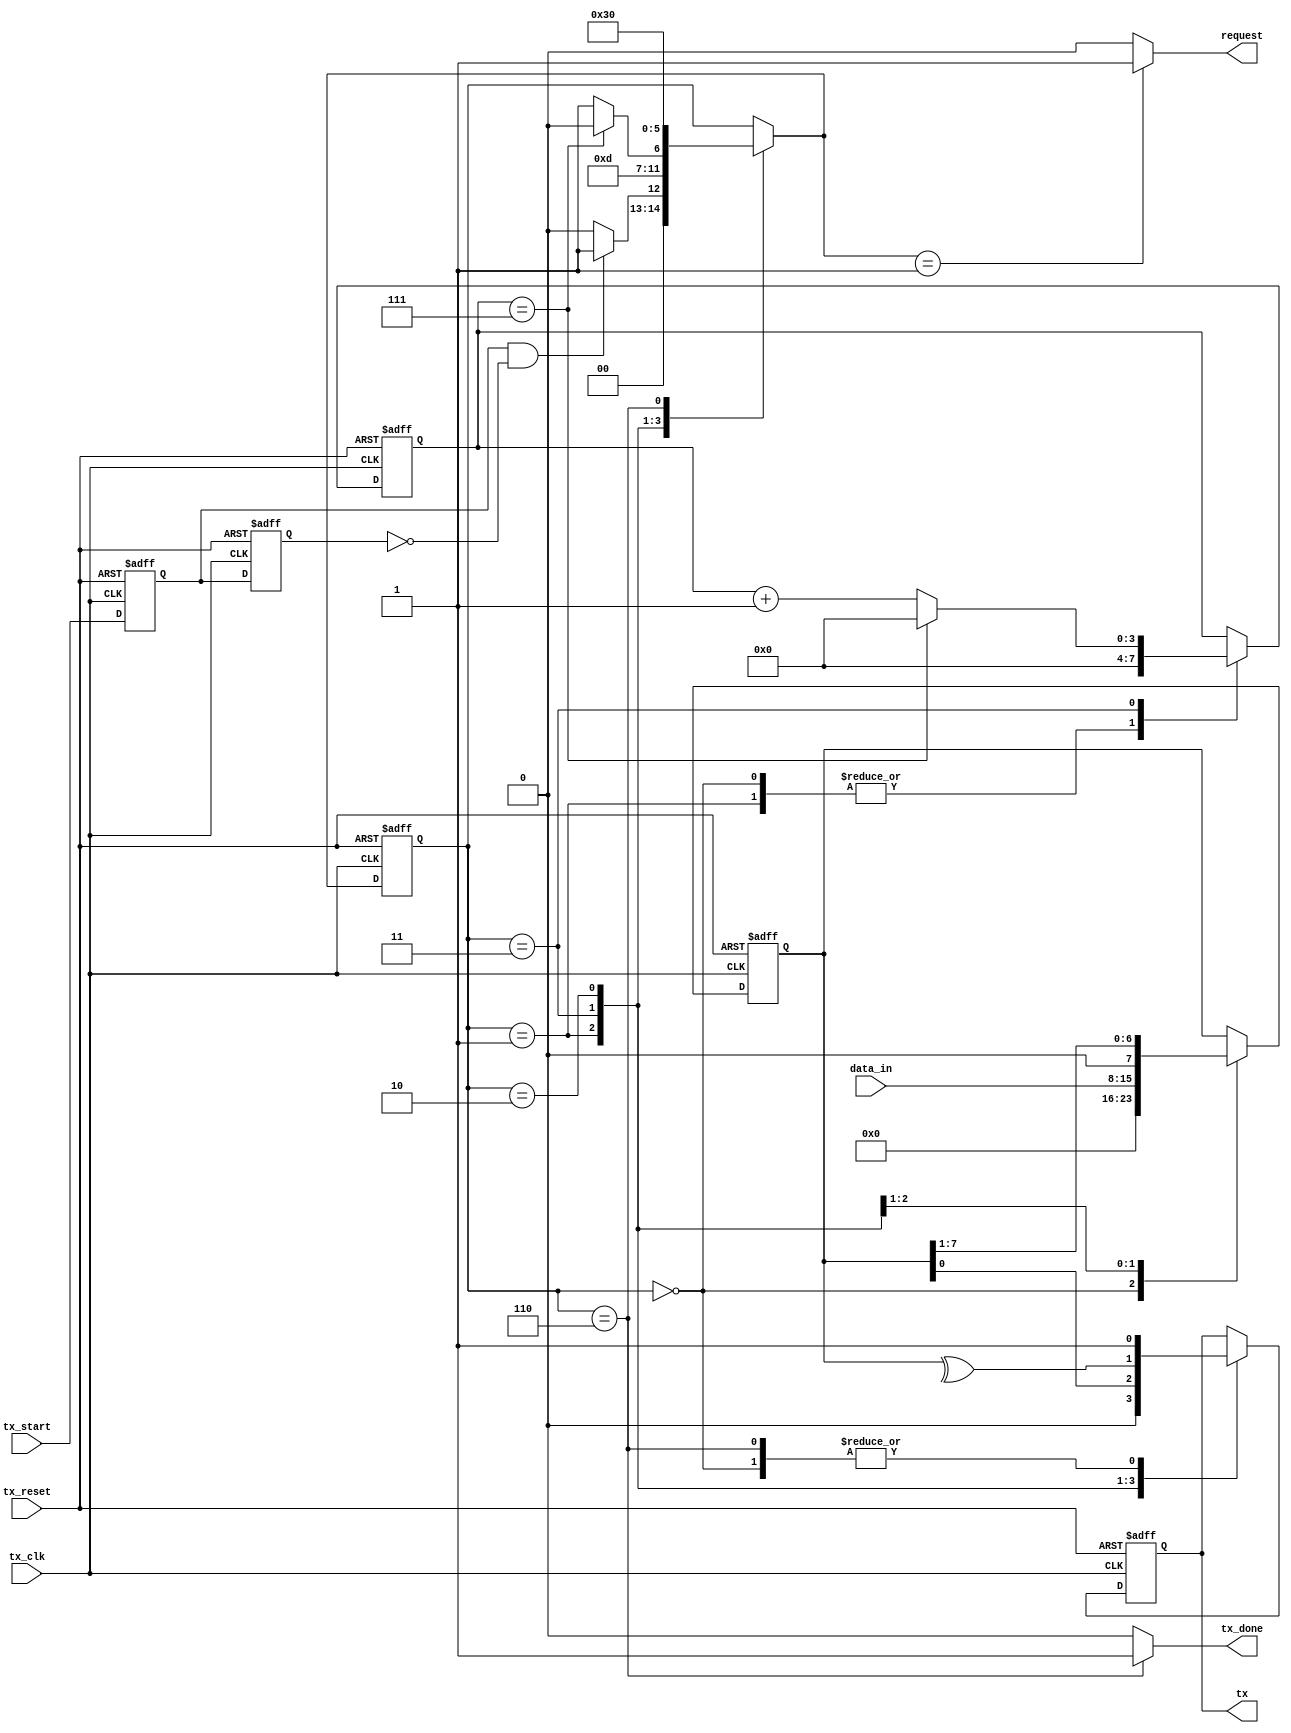
`timescale 1ns / 1ps
//////////////////////////////////////////////////////////////////////////////////
// Company: 
// Engineer: 
// 
// Design Name: 
// Module Name: URAT_TX
// Project Name: 
// Target Devices: 
// Tool Versions: 
// Description: 
// 
// Dependencies: 
// 
// Revision:
// Revision 0.01 - File Created
// Additional Comments:
// 
//////////////////////////////////////////////////////////////////////////////////


module UART_TX 
#(parameter WIDTH = 8)(
    input   wire             tx_clk,
    input   wire             tx_reset,
    input   wire             tx_start,
    input   wire [WIDTH-1:0] data_in,
    
    output  wire             request,
    output  wire             tx_done,
    output  wire             tx 
    );
     // define inside signals
    wire             start_tr;
    //reg              tx_check;
    reg              start_reg1, start_reg2;
    reg              tx_reg, tx_next;
    reg  [WIDTH-1:0] data_reg, data_next;
    reg  [3:0]       count_reg, count_next;
    
    // define state
    localparam  idle=3'b000, start=3'b001, trans=3'b011, 
                check=3'b010, stop=3'b110;
    
    // define state register
    reg [2:0] current_state, next_state;
    
    // detect tx_start signal
    always @(posedge tx_clk or negedge tx_reset) begin
        if (!tx_reset) begin
            start_reg1 <= 0;
            start_reg2 <= 0;
        end
        else begin
            start_reg1 <= tx_start;
            start_reg2 <= start_reg1;
        end
    end
    
    assign start_tr = start_reg1 & (~start_reg2);
    
    // state transition
    always @(posedge tx_clk or negedge tx_reset) begin
        if (!tx_reset) begin
            current_state <= idle;
            count_reg <= 0;
            data_reg <= 0;
            tx_reg <= 1;
        end 
        
        else begin
            current_state <= next_state;
            count_reg <= count_next;
            data_reg <= data_next;
            tx_reg <= tx_next;
        end
    end
    
    always @(*) begin
        next_state = current_state;
        tx_next = tx_reg;
        data_next = data_reg;
        count_next = count_reg; 
        case (current_state)
            idle: begin
                    //tx_check = 0;
                    tx_next = 1;
                    data_next = 'b0;
                    count_next = 'b0;
                    if (start_tr)
                        next_state = start;
                    else
                        next_state = idle;
                end
            start: begin
                    //tx_check = 0;
                    tx_next = 0;
                    data_next = data_in;
                    count_next = 'b0;
                    next_state = trans;
                end
            trans: begin
                    tx_next = data_reg[0];
                    //tx_check = tx_check^data_reg[0];
                    data_next = data_reg >> 1;
                    if (count_reg == WIDTH-1) begin
                        next_state = check;
                        count_next = 'b0;
                    end
                    else begin
                        count_next = count_reg+1;
                        next_state = trans;
                    end
                end
            check: begin
                    tx_next = ^data_reg;
                    next_state = stop;
                end
            stop: begin
                    //tx_check = 0;
                    tx_next = 1;
                    next_state = idle;
                end
        endcase
    end 
    
    assign tx = tx_reg;
    assign tx_done = (current_state == stop) ? 1:0;
    assign request = (next_state==start) ? 1:0;
    
endmodule